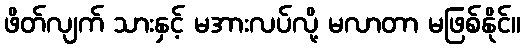
ဖိတ်လျက် သားနှင့် မအားလပ်လို့ မလာတာ မဖြစ်နိုင်။